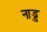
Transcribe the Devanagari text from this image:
नाड्ड